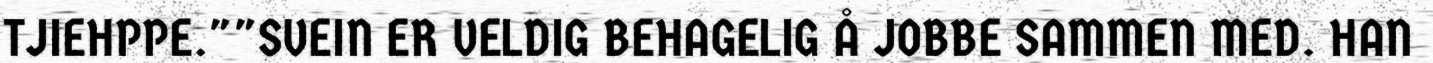
TJIEHPPE.""SVEIN ER VELDIG BEHAGELIG Å JOBBE SAMMEN MED. HAN